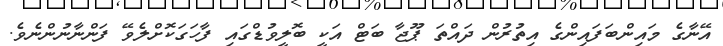
އޭނާގެ މައިންބަފައިންގެ އިތުރުން ދައްތަ ޕޫޖާ ބަޓް އަކީ ބޮލީވުޑްގައި ފާހަގަކޮށްލެވޭ ފަންނާނުންނެވެ.